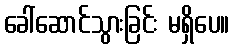
ခေါ်ဆောင်သွားခြင်း မရှိပေ။